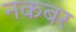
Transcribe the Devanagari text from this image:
नकबर